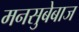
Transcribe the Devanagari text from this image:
मनसुबेबाज